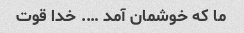
ما که خوشمان آمد …. خدا قوت